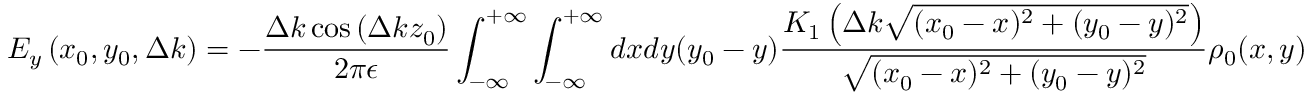
E _ { y } \left( x _ { 0 } , y _ { 0 } , \Delta k \right) = - \frac { \Delta k \cos \left( \Delta k z _ { 0 } \right) } { 2 \pi \epsilon } \int _ { - \infty } ^ { + \infty } \int _ { - \infty } ^ { + \infty } d x d y ( y _ { 0 } - y ) \frac { K _ { 1 } \left( \Delta k \sqrt { ( x _ { 0 } - x ) ^ { 2 } + ( y _ { 0 } - y ) ^ { 2 } } \right) } { \sqrt { ( x _ { 0 } - x ) ^ { 2 } + ( y _ { 0 } - y ) ^ { 2 } } } \rho _ { 0 } ( x , y )